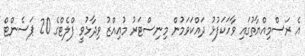
އެ ރަސްމިއްޔާތުގައި ވާހަކަފުޅު ދައްކަވަމުން މިނިސްޓަރު މުއިއްޒު ވިދާޅުވީ ފްލެޓްގެ 20 ޕަސެންޓް